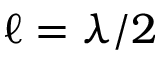
\ell = \lambda / 2